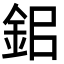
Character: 鈻